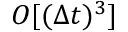
{ \cal O } [ ( \Delta t ) ^ { 3 } ]